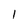
Character: 1